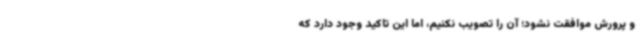
و پرورش موافقت نشود؛ آن را تصویب نکنیم، اما این تاکید وجود دارد که